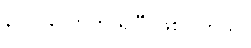
၃ဝဝ လောက် ရှိပြီ ဖြစ်ပါတယ်။